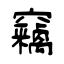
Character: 竊